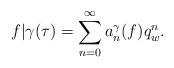
LaTeX: \begin{align*}f|\gamma(\tau) = \sum_{n=0}^\infty a_n^\gamma(f)q_w^n.\end{align*}